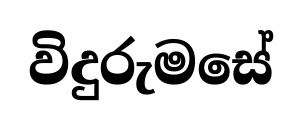
විදුරුමසේ